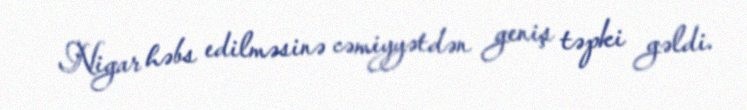
Nigar həbs edilməsinə cəmiyyətdən geniş təpki gəldi.